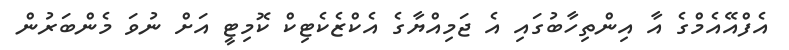
އެފްއޭއެމްގެ އާ އިންތިހާބުގައި އެ ޖަމިއްޔާގެ އެކްޒެކެޓިކް ކޮމިޓީ އަށް ނުވަ މެންބަރުން